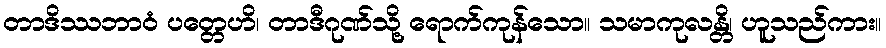
တာဒိဿဘာဝံ ပတ္တေဟိ၊ တာဒီဂုဏ်သို့ ရောက်ကုန်သော။ သမာကုလန္တိ၊ ဟူသည်ကား။